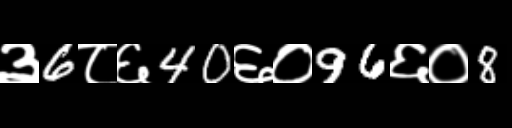
Text: ३6८६40६०96६०8